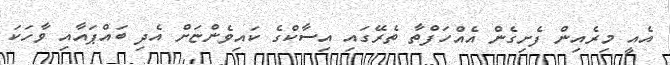
އެއީ މިރެއިން ފެށިގެން އެއްހަފްތާ ތެރޭގައި އިސާކްގެ ކައިވެންޏަށް އެދި ބައްޕައާއި ވާހަކަ